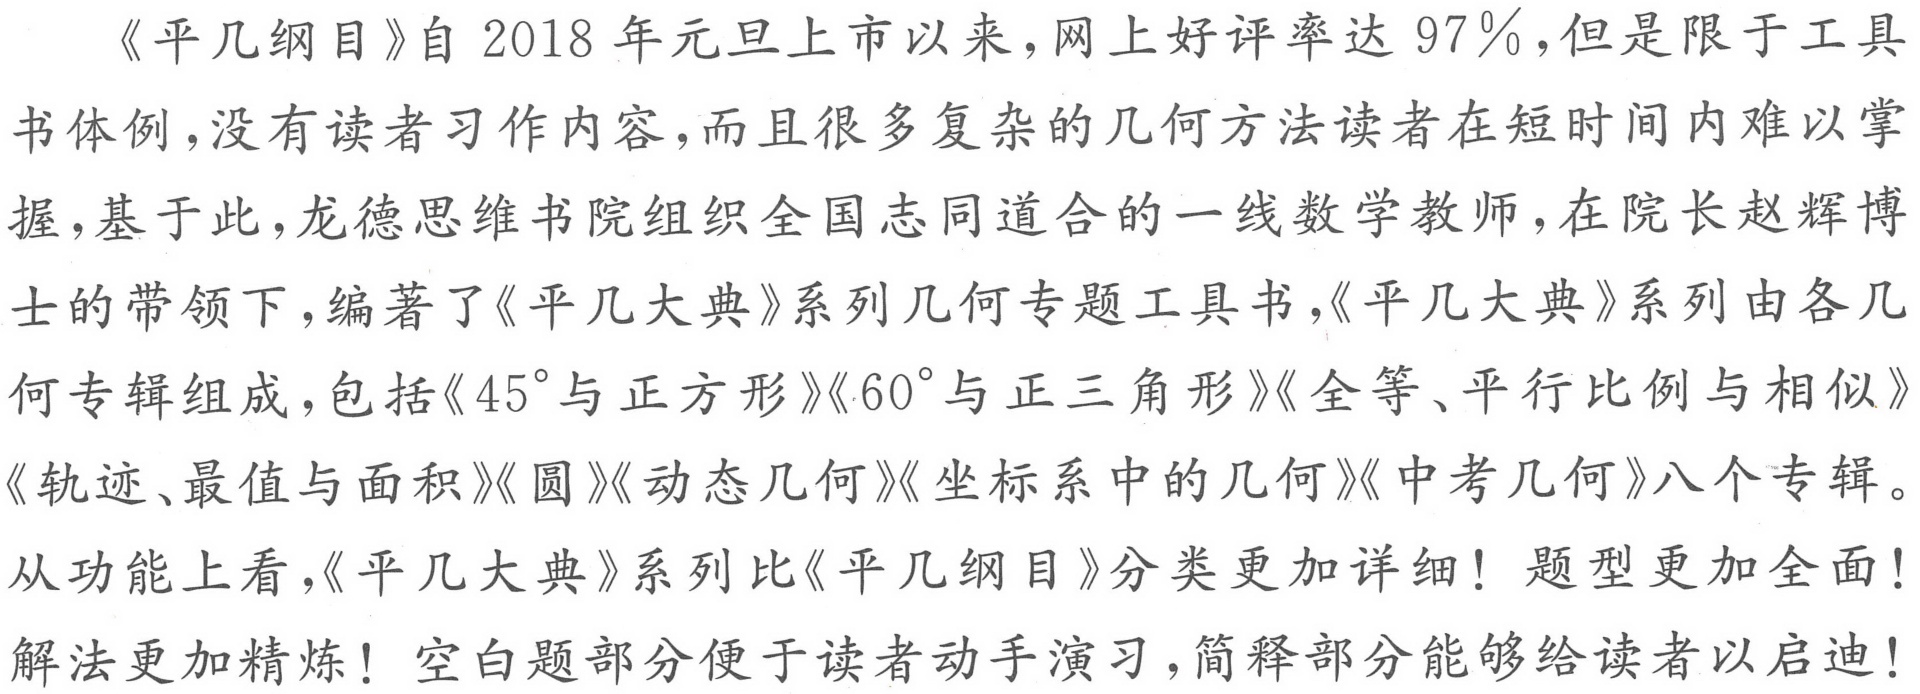
《平几纲目》自2018年元旦上市以来，网上好评率达97％，但是限于工具书体例，没有读者习作内容，而且很多复杂的几何方法读者在短时间内难以掌握，基于此，龙德思维书院组织全国志同道合的一线数学教师，在院长赵辉博士的带领下，编著了《平几大典》系列几何专题工具书，《平几大典》系列由各几何专辑组成，包括《\(45^{\circ}\)与正方形》《\(60^{\circ}\)与正三角形》《全等、平行比例与相似》《轨迹、最值与面积》《圆》《动态几何》《坐标系中的几何》《中考几何》八个专辑。从功能上看，《平几大典》系列比《平几纲目》分类更加详细！题型更加全面！解法更加精炼！空白题部分便于读者动手演习，简释部分能够给读者以启迪！